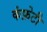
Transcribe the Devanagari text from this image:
कंफ़ेटी